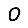
Digit: 0